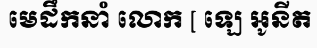
មេដឹកនាំ លោក [ ឡេ អូនីត